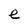
Character: e